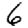
Digit: 6